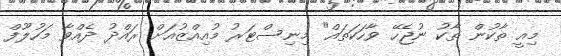
މިއީ ތާކުން ތާކު ނުޖެހޭ ވާހަކަތައް" މިނިސްޓަރު މުއިއްޒުއަށް ރައްދު ދެއްވާ މަހުލޫފް